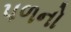
પળનો